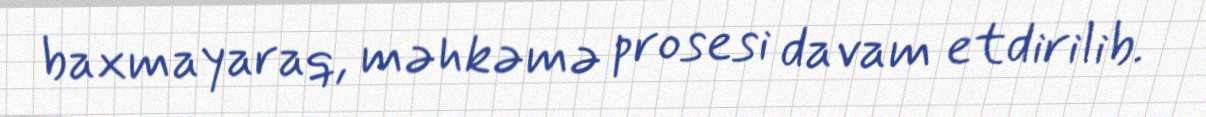
baxmayaraq, məhkəmə prosesi davam etdirilib.